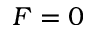
F = 0